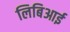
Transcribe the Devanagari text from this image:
लिबिआई